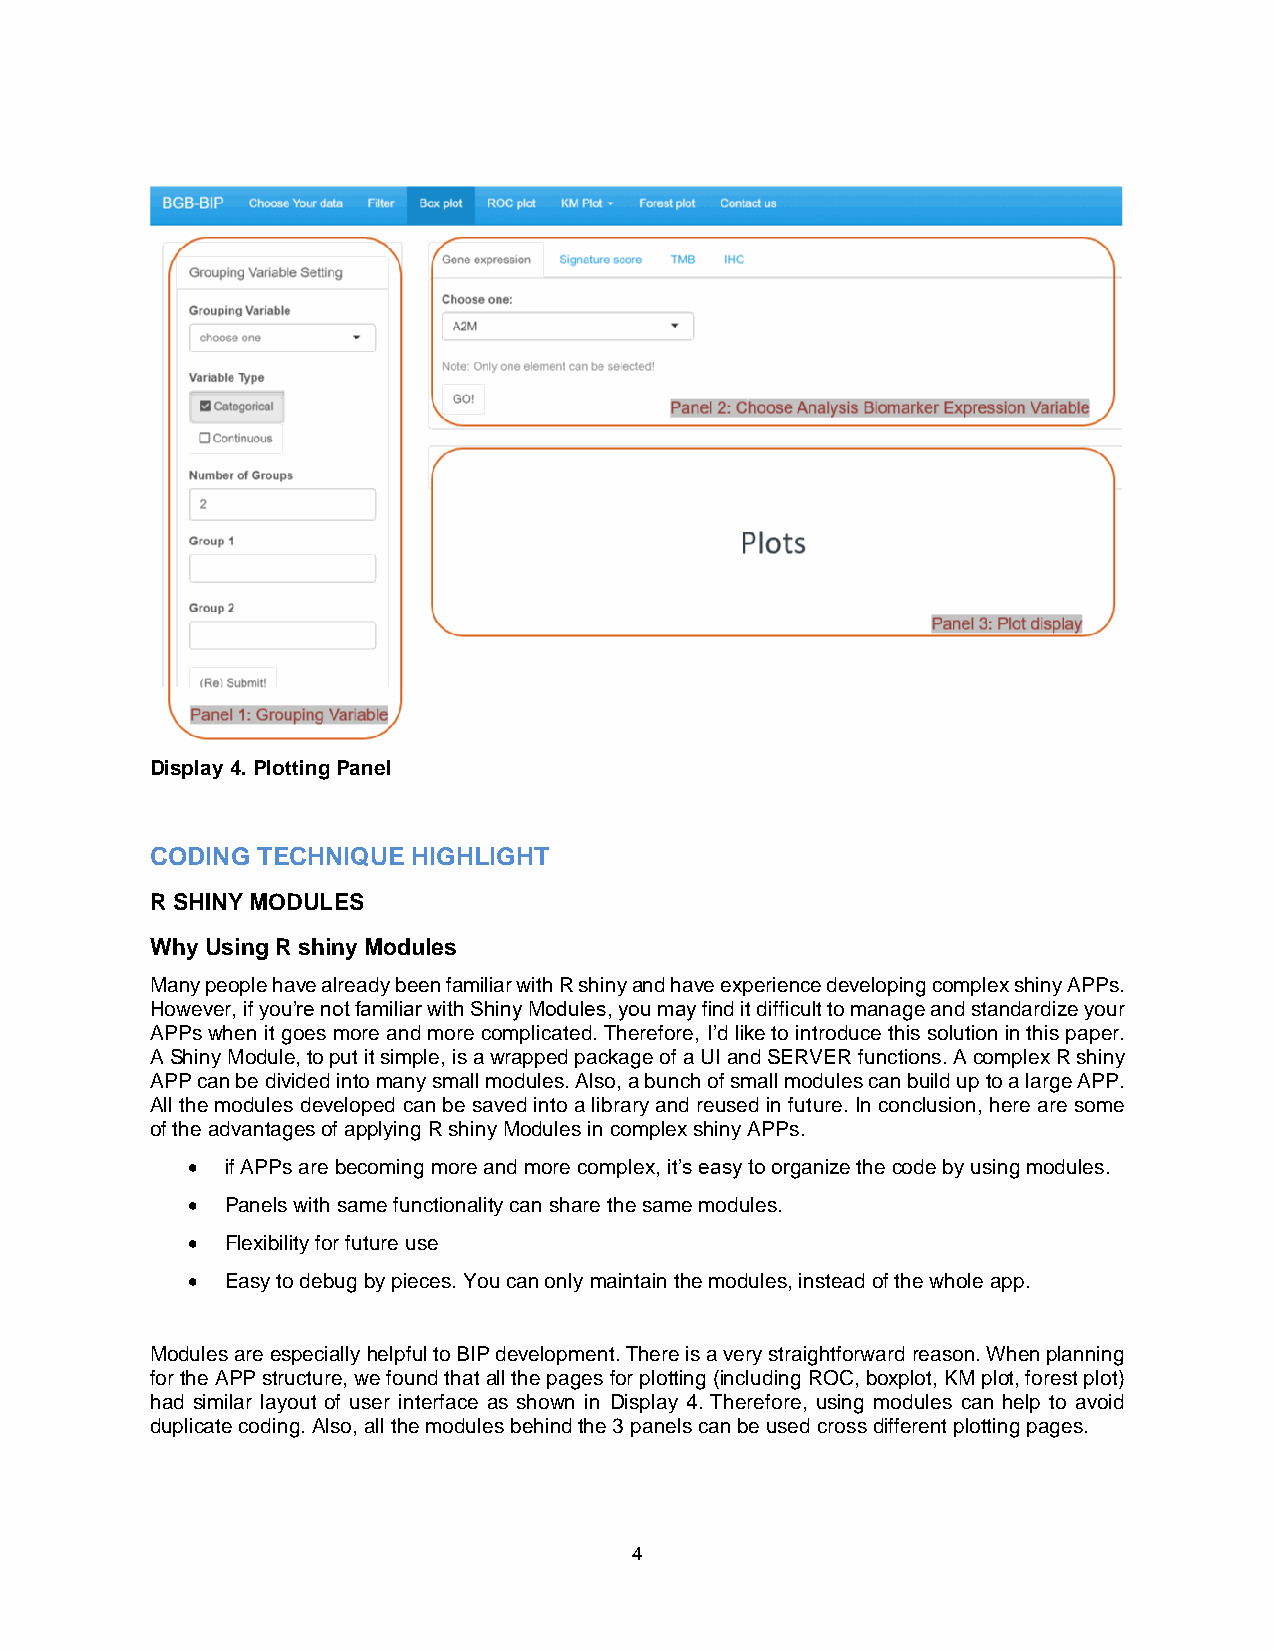
Display 4. Plotting Panel
 CODING TECHNIQUE HIGHLIGHT
 R SHINY MODULES
 Why Using R shiny Modules
 Many people have already been familiar with R shiny and have experience developing complex shiny APPs.
 However, if you’re not familiar with Shiny Modules, you may find it difficult to manage and standardize your
 APPs when it goes more and more complicated. Therefore, I’d like to introduce this solution in this paper.
 A Shiny Module, to put it simple, is a wrapped package of a UI and SERVER functions. A complex R shiny
 APP can be divided into many small modules. Also, a bunch of small modules can build up to a large APP.
 All the modules developed can be saved into a library and reused in future. In conclusion, here are some
 of the advantages of applying R shiny Modules in complex shiny APPs.
 •  if APPs are becoming more and more complex, it’s easy to organize the code by using modules.
 •  Panels with same functionality can share the same modules.
 •  Flexibility for future use
 •  Easy to debug by pieces. You can only maintain the modules, instead of the whole app.
 Modules are especially helpful to BIP development. There is a very straightforward reason. When planning
 for the APP structure, we found that all the pages for plotting (including ROC, boxplot, KM plot, forest plot)
 had similar layout of user interface as shown in Display 4. Therefore, using modules can help to avoid
 duplicate coding. Also, all the modules behind the 3 panels can be used cross different plotting pages.
 4